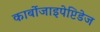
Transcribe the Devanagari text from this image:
कार्बोजाइपेप्टिडेज